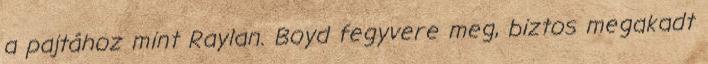
a pajtához mint Raylan. Boyd fegyvere meg, biztos megakadt